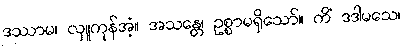
ဒဿာမ၊ လှူကုန်အံ့။ အသန္တေ၊ ဥစ္စာမရှိသော်။ ကိံ ဒဒါမသေ၊